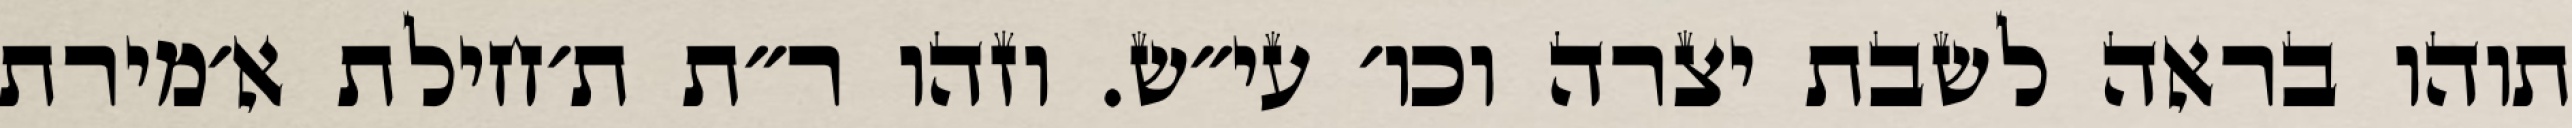
תוהו בראה לשבת יצרה וכו׳ עי״ש. וזהו ר״ת ת׳חילת א׳מירת